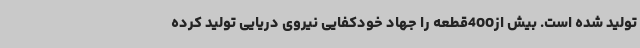
تولید شده است. بیش از400قطعه را جهاد خودکفایی نیروی دریایی تولید کرده